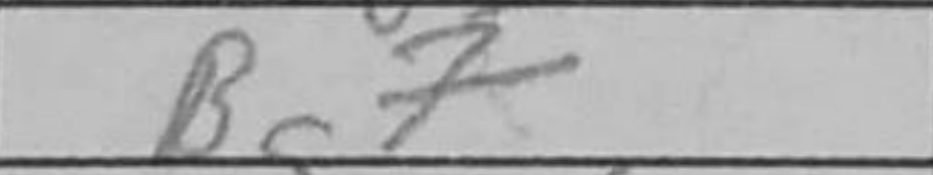
Transcription: Bg7